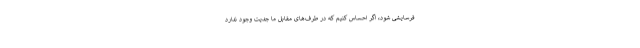
فرسایشی شود، اگر احساس کنیم که در طرف‌های مقابل ما جدیت وجود ندارد